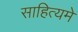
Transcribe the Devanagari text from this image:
साहित्यमे